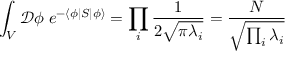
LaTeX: \int _ { V } { \mathcal { D } } \phi \; e ^ { - \langle \phi | S | \phi \rangle } = \prod _ { i } { \frac { 1 } { 2 { \sqrt { \pi \lambda _ { i } } } } } = { \frac { N } { \sqrt { \prod _ { i } \lambda _ { i } } } }